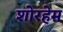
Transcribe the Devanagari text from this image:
शोरहेम